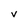
Character: v